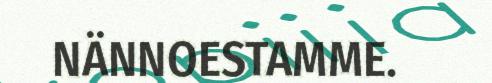
NÄNNOESTAMME.